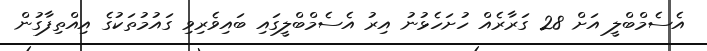
އެސެމްބްލީ އަށް 28 ގަރާރެއް ހުށަހެޅުނު އިރު އެސެމްބްލީގައި ބައިވެރިވި ގައުމުތަކުގެ އިއްތިފާގުން